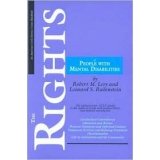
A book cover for The Rights of People with Mental Disabilities: The Authoritative Guide to the Rights of People with Mental Illness and Mental Retardation (ACLU Handbook); Hon. Robert M Levy; Law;